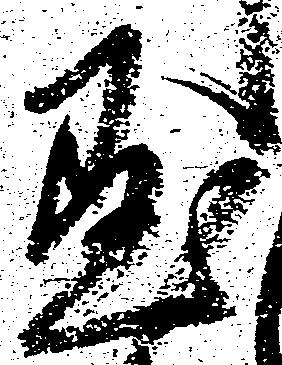
懸